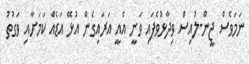
ނަމަވެސް ޖީން-ލުއިސް ވިދާޅުވެފައި ވަނީ އެއީ އަރައިގެން އުޅޭ އަޑެއް ކަމަށާއި ވަގުތު